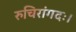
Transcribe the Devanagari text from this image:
रुचिरांगदः।